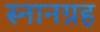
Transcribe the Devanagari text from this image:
स्नानग्रह